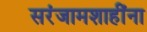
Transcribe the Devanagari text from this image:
सरंजामशाहींना